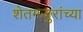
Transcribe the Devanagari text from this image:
शेतमजुरांच्या